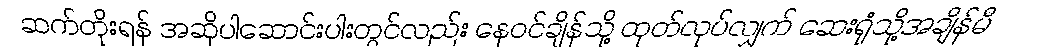
ဆက်တိုးရန် အဆိုပါဆောင်းပါးတွင်လည်း နေဝင်ချိန်သို့ ထုတ်လုပ်လျှက် ဆေးရုံသို့အချိန်မီ